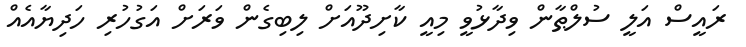
ރައީސް އަލީ ސުލްޠާން ވިދާޅުވީ މިއީ ކާށިދޫއަށް ލިބިގެން ވަރަށް އަގުހުރި ހަދިޔާއެއް